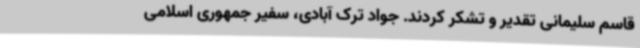
قاسم سلیمانی تقدیر و تشکر کردند. جواد ترک آبادی، سفیر جمهوری اسلامی